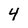
Character: 4